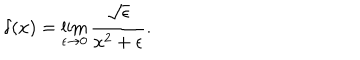
\delta ( x ) = \lim _ { \epsilon \rightarrow 0 } { \frac { \sqrt { \epsilon } } { x ^ { 2 } + \epsilon } } .